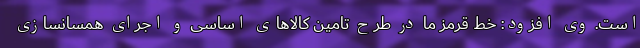
است. وی افزود: خط قرمز ما در طرح تامین کالاهای اساسی و اجرای همسانسازی